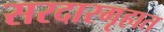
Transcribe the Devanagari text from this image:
सरदारगृहात